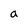
Character: a